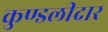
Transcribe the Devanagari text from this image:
कुण्डलीदार